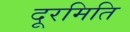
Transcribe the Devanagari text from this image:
दूरमिति